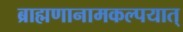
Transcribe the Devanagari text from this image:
ब्राह्मणानामकल्पयात्‌